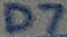
Text: D7